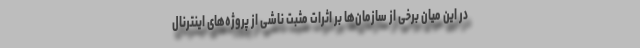
در این میان برخی از سازمان‌ها بر اثرات مثبت ناشی از پروژه‌های اینترنال